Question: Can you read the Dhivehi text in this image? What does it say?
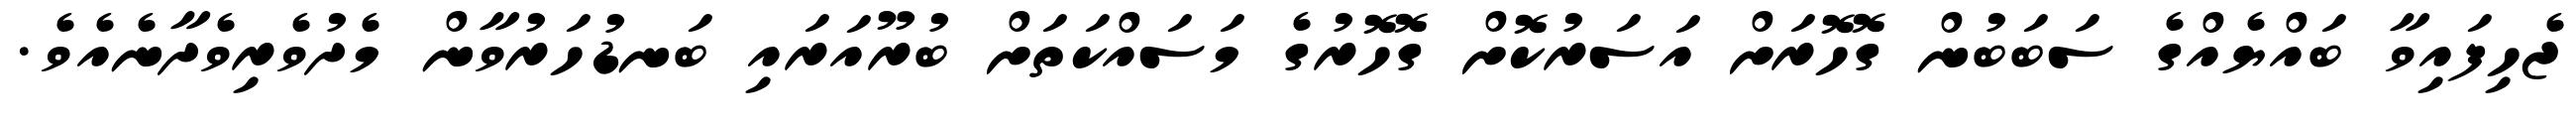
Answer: ޖެހިފައިވާ ބައްޔެއްގެ ސަބަބުން ގޮހޮރަށް އަސަރުކޮށް ގޮހޮރުގެ މަސައްކަތަށް ބުރޫއަރައި ބަނޑުހަރުވާން މެދުވެރިވެދާނެއެވެ.